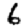
Digit: 6